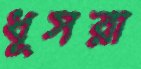
ধূসরা